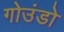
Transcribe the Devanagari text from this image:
गोउंडो